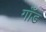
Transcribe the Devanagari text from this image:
गाँड